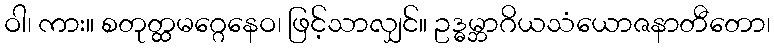
ဝါ၊ ကား။ စတုတ္ထမဂ္ဂေနေဝ၊ ဖြင့်သာလျှင်။ ဥဒ္ဓမ္ဘာဂိယသံယောဇနာတီတော၊